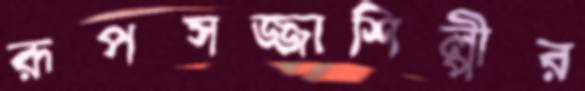
রূপসজ্জাশিল্পীর